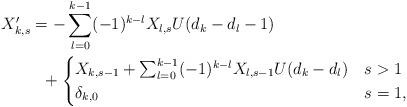
LaTeX: \begin{align*}X_{k,s}' & =-\sum_{l=0}^{k-1}(-1)^{k-l}X_{l,s}U(d_{k}-d_{l}-1)\\ & \ \ +\begin{cases}X_{k,s-1}+\sum_{l=0}^{k-1}(-1)^{k-l}X_{l,s-1}U(d_{k}-d_{l}) & s>1\\\delta_{k,0} & s=1,\end{cases}\end{align*}